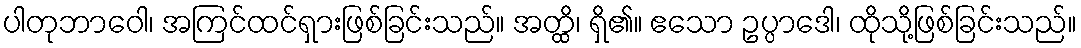
ပါတုဘာဝေါ၊ အကြင်ထင်ရှားဖြစ်ခြင်းသည်။ အတ္ထိ၊ ရှိ၏။ ဧသော ဥပ္ပာဒေါ၊ ထိုသို့ဖြစ်ခြင်းသည်။